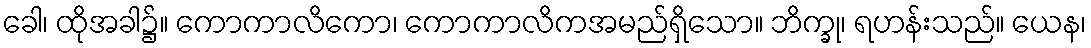
ခေါ၊ ထိုအခါ၌။ ကောကာလိကော၊ ကောကာလိကအမည်ရှိသော။ ဘိက္ခု၊ ရဟန်းသည်။ ယေန၊